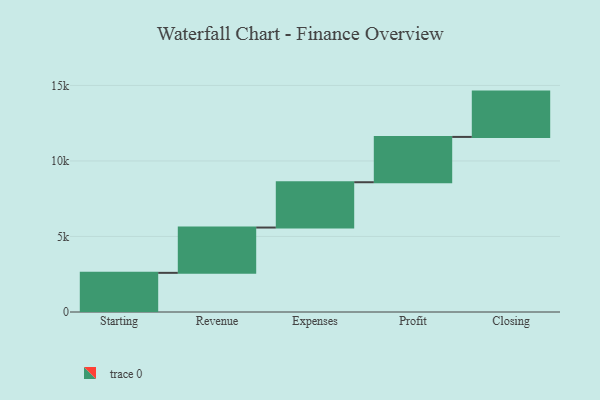
{"axis": {"x": "Step", "y": "Value"}, "legend": [""], "data": [{"x": "Starting", "y": 2592.0, "type": ""}, {"x": "Revenue", "y": 3000, "type": ""}, {"x": "Expenses", "y": 3000, "type": ""}, {"x": "Profit", "y": 3000, "type": ""}, {"x": "Closing", "y": 3000, "type": ""}]}